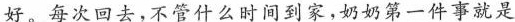
好。每次回去，不管什么时间到家，奶奶第一件事就是